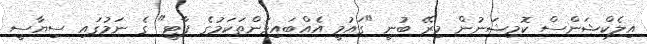
އިލެކްޝަންސް ކޮމިޝަނުން މިރޭ ބުނީ "ގައުމީ އެއްބައިވަންތަކަމުގެ ޕާޓީ" ގެ ނަމުގައި ސިޔާސީ